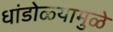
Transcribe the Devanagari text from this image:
धांडोळ्यामुळे